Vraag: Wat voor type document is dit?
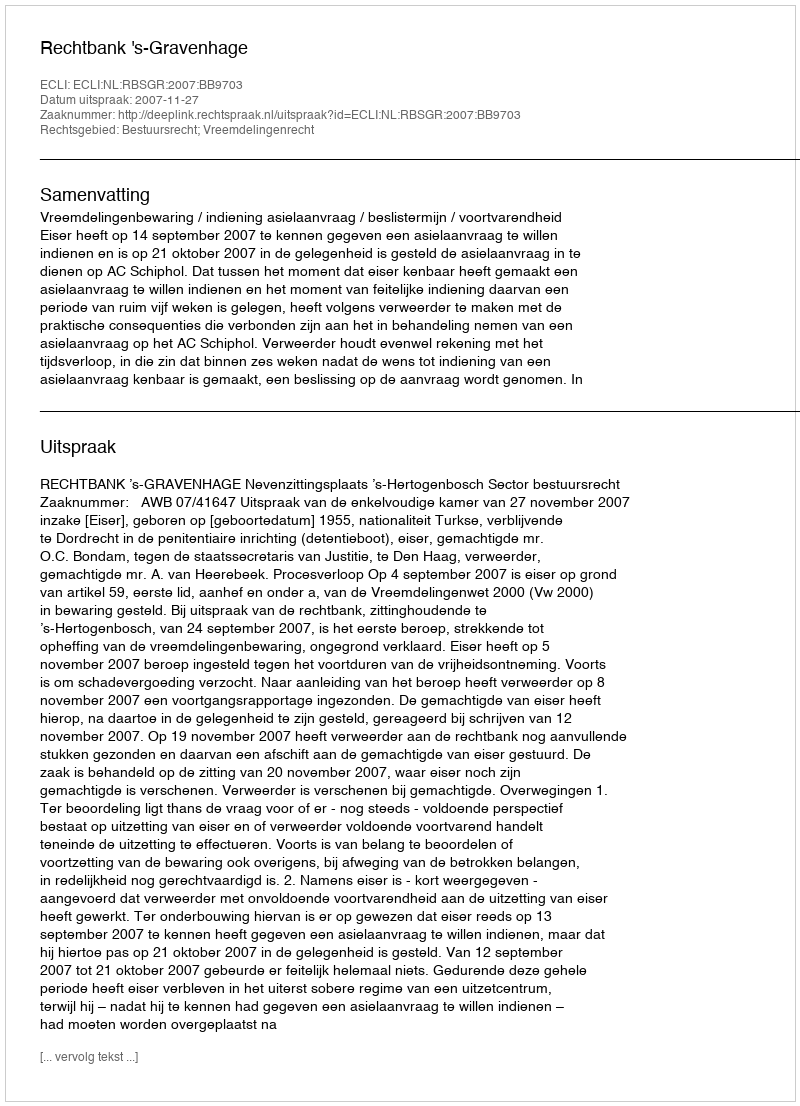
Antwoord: Uitspraak